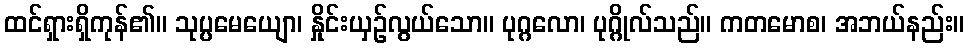
ထင်ရှားရှိကုန်၏။ သုပ္ပမေယျော၊ နှိုင်းယှဉ်လွယ်သော။ ပုဂ္ဂလော၊ ပုဂ္ဂိုလ်သည်။ ကတမောစ၊ အဘယ်နည်း။